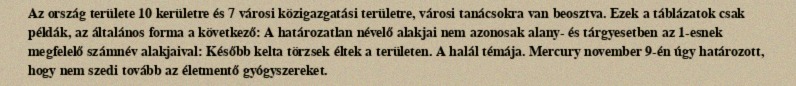
Az ország területe 10 kerületre és 7 városi közigazgatási területre, városi tanácsokra van beosztva. Ezek a táblázatok csak példák, az általános forma a következő: A határozatlan névelő alakjai nem azonosak alany- és tárgyesetben az 1-esnek megfelelő számnév alakjaival: Később kelta törzsek éltek a területen. A halál témája. Mercury november 9-én úgy határozott, hogy nem szedi tovább az életmentő gyógyszereket.